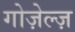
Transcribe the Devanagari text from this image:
गोज़ेल्ज़